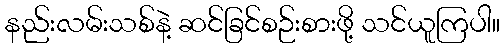
နည်းလမ်းသစ်နဲ့ ဆင်ခြင်စဉ်းစားဖို့ သင်ယူကြပါ။